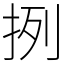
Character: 挒